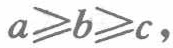
\(a\geqslant b\geqslant c\)